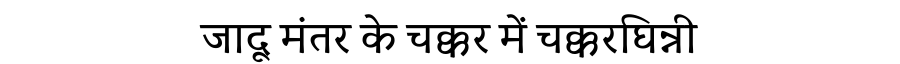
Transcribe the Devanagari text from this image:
जादू मंतर के चक्कर में चक्करघिन्नी